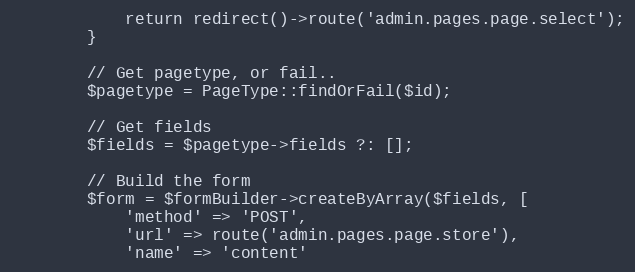
Language: PHP
            return redirect()->route('admin.pages.page.select');
        }

        // Get pagetype, or fail..
        $pagetype = PageType::findOrFail($id);

        // Get fields
        $fields = $pagetype->fields ?: [];

        // Build the form
        $form = $formBuilder->createByArray($fields, [
            'method' => 'POST',
            'url' => route('admin.pages.page.store'),
            'name' => 'content'